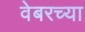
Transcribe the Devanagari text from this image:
वेबरच्या